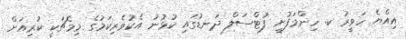
އިއްޔެ ހަވީރު ކ. ހިންމަފުށީ ފުޓްސަލް ދަނޑުގައި ކުޅުނު އެކުވެރިކަމުގެ މިމެޗަކީ ކުރިއަށް